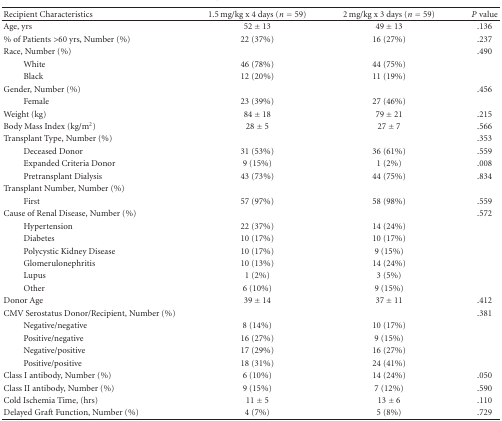
<table><thead><tr><td><b>Recipient Characteristics</b></td><td><b>1.5 mg/kg x 4 days (<i>n</i> = 59)</b></td><td><b>2 mg/kg x 3 days (<i>n</i> = 59)</b></td><td><b><i>P</i> value</b></td></tr></thead><tbody><tr><td>Age, yrs</td><td>52 ± 13</td><td>49 ± 13</td><td>.136</td></tr><tr><td>% of Patients &gt;60 yrs, Number (%)</td><td>22 (37%)</td><td>16 (27%)</td><td>.237</td></tr><tr><td>Race, Number (%)</td><td></td><td></td><td>.490</td></tr><tr><td>White</td><td>46 (78%)</td><td>44 (75%)</td><td></td></tr><tr><td>Black</td><td>12 (20%)</td><td>11 (19%)</td><td></td></tr><tr><td>Gender, Number (%)</td><td></td><td></td><td>.456</td></tr><tr><td>Female</td><td>23 (39%)</td><td>27 (46%)</td><td></td></tr><tr><td>Weight (kg)</td><td>84 ± 18</td><td>79 ± 21</td><td>.215</td></tr><tr><td>Body Mass Index (kg/m<sup>2</sup>)</td><td>28 ± 5</td><td>27 ± 7</td><td>.566</td></tr><tr><td>Transplant Type, Number (%)</td><td></td><td></td><td>.353</td></tr><tr><td>Deceased Donor</td><td>31 (53%)</td><td>36 (61%)</td><td>.559</td></tr><tr><td>Expanded Criteria Donor</td><td>9 (15%)</td><td>1 (2%)</td><td>.008</td></tr><tr><td>Pretransplant Dialysis</td><td>43 (73%)</td><td>44 (75%)</td><td>.834</td></tr><tr><td>Transplant Number, Number (%)</td><td></td><td></td><td></td></tr><tr><td>First</td><td>57 (97%)</td><td>58 (98%)</td><td>.559</td></tr><tr><td>Cause of Renal Disease, Number (%)</td><td></td><td></td><td>.572</td></tr><tr><td>Hypertension</td><td>22 (37%)</td><td>14 (24%)</td><td></td></tr><tr><td>Diabetes</td><td>10 (17%)</td><td>10 (17%)</td><td></td></tr><tr><td>Polycystic Kidney Disease</td><td>10 (17%)</td><td>9 (15%)</td><td></td></tr><tr><td>Glomerulonephritis</td><td>10 (13%)</td><td>14 (24%)</td><td></td></tr><tr><td>Lupus</td><td>1 (2%)</td><td>3 (5%)</td><td></td></tr><tr><td>Other</td><td>6 (10%)</td><td>9 (15%)</td><td></td></tr><tr><td>Donor Age</td><td>39 ± 14</td><td>37 ± 11</td><td>.412</td></tr><tr><td>CMV Serostatus Donor/Recipient, Number (%)</td><td></td><td></td><td>.381</td></tr><tr><td>Negative/negative</td><td>8 (14%)</td><td>10 (17%)</td><td></td></tr><tr><td>Positive/negative</td><td>16 (27%)</td><td>9 (15%)</td><td></td></tr><tr><td>Negative/positive</td><td>17 (29%)</td><td>16 (27%)</td><td></td></tr><tr><td>Positive/positive</td><td>18 (31%)</td><td>24 (41%)</td><td></td></tr><tr><td>Class I antibody, Number (%)</td><td>6 (10%)</td><td>14 (24%)</td><td>.050</td></tr><tr><td>Class II antibody, Number (%)</td><td>9 (15%)</td><td>7 (12%)</td><td>.590</td></tr><tr><td>Cold Ischemia Time, (hrs)</td><td>11 ± 5</td><td>13 ± 6</td><td>.110</td></tr><tr><td>Delayed Graft Function, Number (%)</td><td>4 (7%)</td><td>5 (8%)</td><td>.729</td></tr></tbody></table>